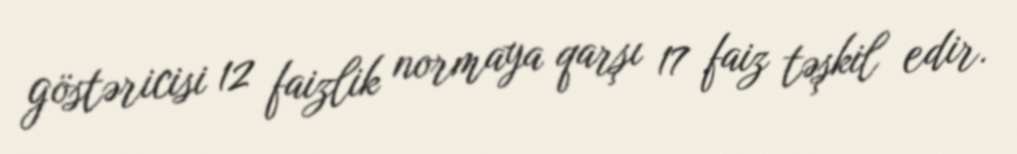
göstəricisi 12 faizlik normaya qarşı 17 faiz təşkil edir.